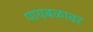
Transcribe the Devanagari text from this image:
पायबळावर